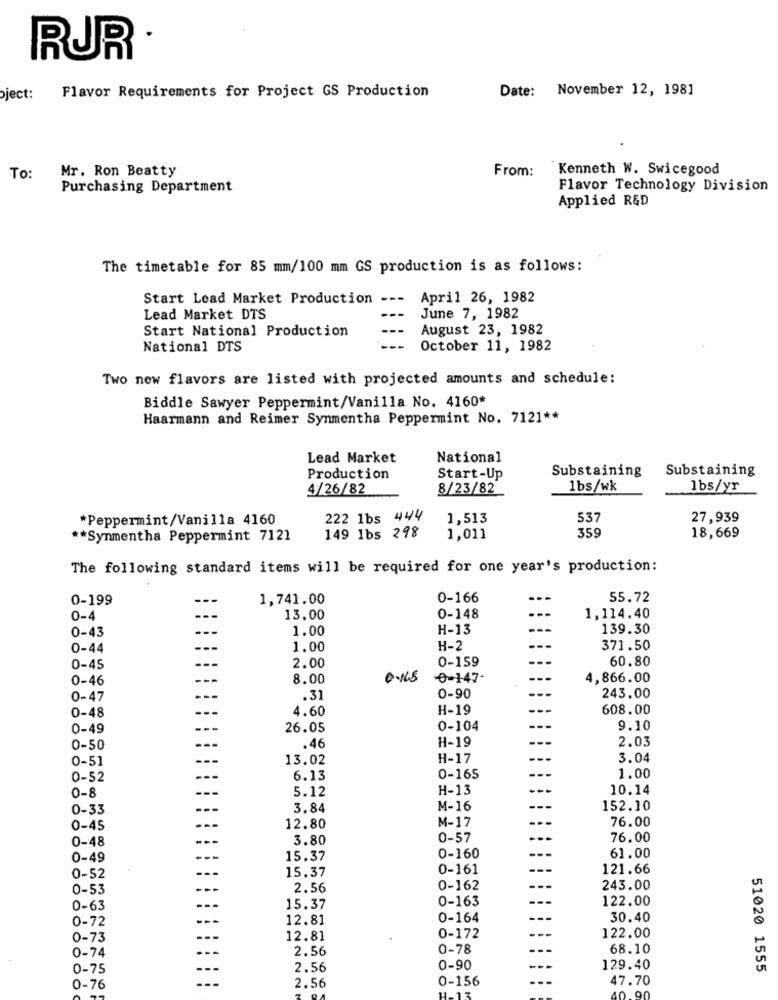
RUR
Date: November 12, 1981
ject:
Flavor Requirements for Project GS Production
Mr. Ron Beatty
Kenneth W. Swicegood
To:
From:
Purchasing Department
Flavor Technology Division
Applied R&D
The timetable for 85 mm/100 mm GS production is as follows:
Start Lead Market Production ---
April 26, 1982
Lead Market DTS
June 7, 1982
Start National Production
August 23, 1982
National DTS
October 11, 1982
Two new flavors are listed with projected amounts and schedule:
Biddle Sawyer Peppermint/Vanilla No. 4160*
Haarmann and Reimer Synmentha Peppermint No. 7121 **
Lead Market
National
Substaining
Substaining
Production
Start-Up
4/26/82
8/23/82
1bs/wk
lbs/yr
*Peppermint/Vanilla 4160
222 1bs 444
1,513
537
27,939
** Synmentha Peppermint 7121
149 1bs 298
1,011
359
18,669
The following standard items will be required for one year's production:
0-199
--
1,741.00
0-166
55.72
0-148
0-4
13.00
1,114.40
1.00
H-13
139.30
0-43
0-44
1.00
H-2
371.50
0-159
60.80
0-45
2.00
0-46
8.00
0-147-
4,866.00
0-47
.31
0-90
243.00
0-48
4.60
H-19
608.00
0-49
26.05
0-104
9.10
0-50
.46
H-19
2.03
0-51
13.02
H-17
3.04
0-52
6.13
0-165
1.00
0-8
5.12
H-13
10.14
0-33
3.84
M-16
152.10
76.00
0-45
12.80
M-17
0-48
3.80
0-57
76.00
0-49
15.37
0-160
61.00
15.37
0-161
121.66
0-52
0-53
2.56
0-162
243.00
0-163
122.00
0-63
15.37
0-72
12.81
0-164
30.40
0-73
12.81
0-172
122.00
0-74
2.56
0-78
68.10
0-75
2.56
0-90
129.40
51020 1555
0-156
47.70
0-76
2.56